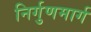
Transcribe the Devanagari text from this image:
निर्गुणमार्ग